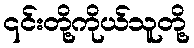
၎င်းတို့ကိုယ်သူတို့